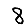
Digit: 8